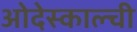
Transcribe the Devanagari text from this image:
ओदेस्काल्ची